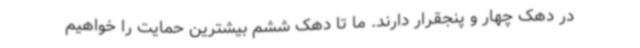
در دهک چهار و پنجقرار دارند. ما تا دهک ششم بیشترین حمایت را خواهیم